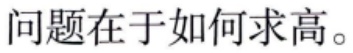
问题在于如何求高。